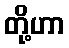
တို့ဟာ